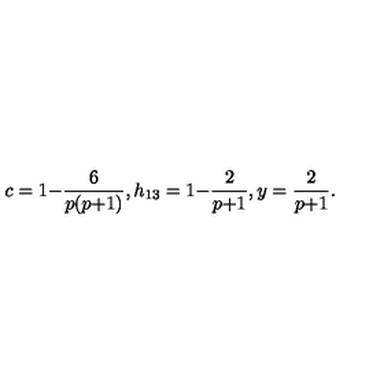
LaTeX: c = 1 { - } \frac { 6 } { p ( p { + } 1 ) } , h _ { 1 3 } = 1 { - } \frac { 2 } { p { + } 1 } , y = \frac { 2 } { p { + } 1 } .